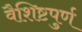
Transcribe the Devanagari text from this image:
वैशिष्टपुर्ण